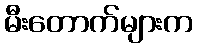
မီးတောက်များက